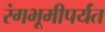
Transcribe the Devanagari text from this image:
रंगभूमीपर्यंत